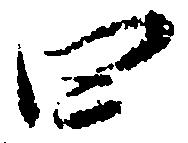
四